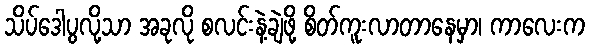
သိပ်ဒေါပွလို့သာ အခုလို စလင်းနဲ့ချဲဖို့ စိတ်ကူးလာတာနေမှာ၊ ကာလေးက